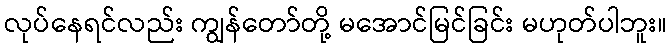
လုပ်နေရင်လည်း ကျွန်တော်တို့ မအောင်မြင်ခြင်း မဟုတ်ပါဘူး။